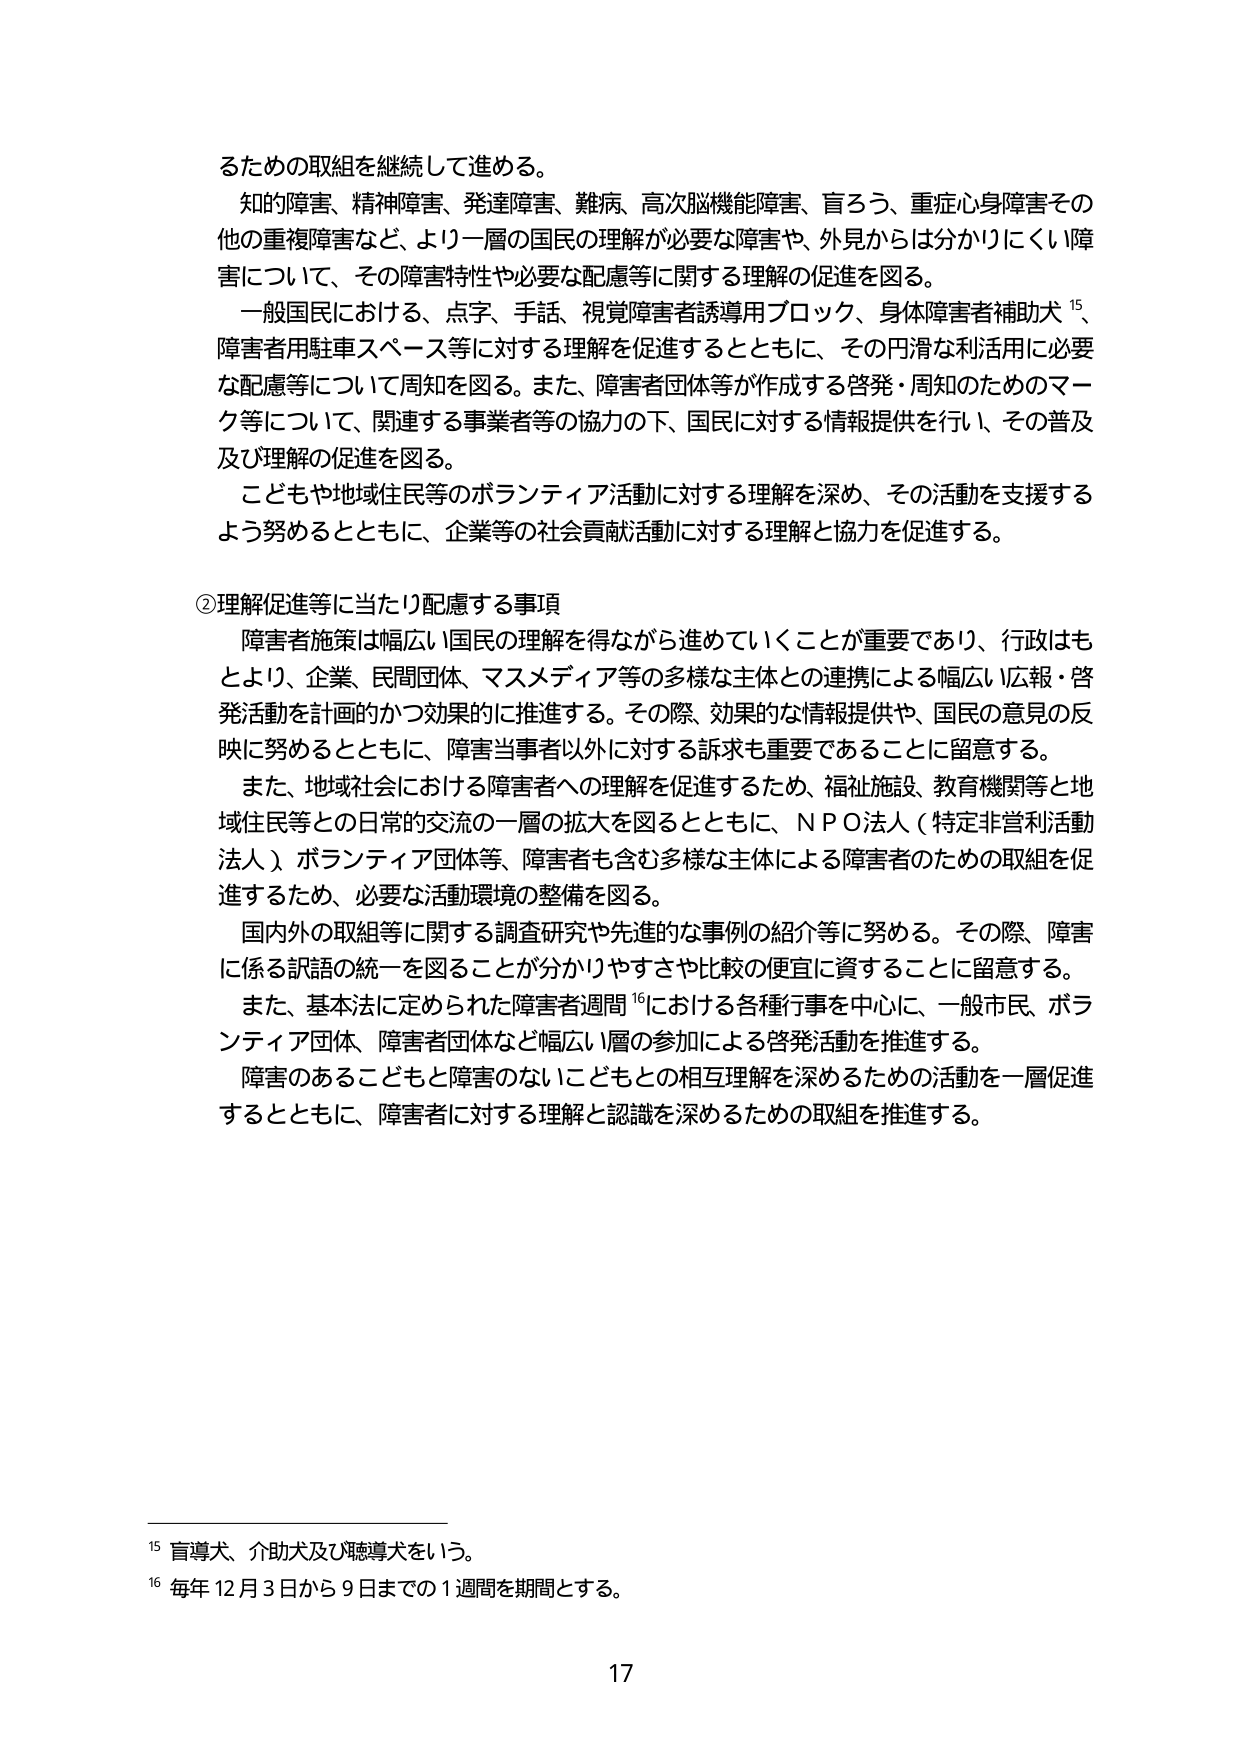
るための取組を継続して進める。

知的障害、精神障害、発達障害、難病、高次脳機能障害、盲ろう、重症心身障害その他の重複障害など、より一層の国民の理解が必要な障害や、外見からは分かりにくい障害について、その障害特性や必要な配慮等に関する理解の促進を図る。

一般国民における、点字、手話、視覚障害者誘導用ブロック、身体障害者補助犬¹⁵、障害者用駐車スペース等に対する理解を促進するとともに、その円滑な利活用に必要な配慮等について周知を図る。また、障害者団体等が作成する啓発・周知のためのマーク等について、関連する事業者等の協力の下、国民に対する情報提供を行い、その普及及び理解の促進を図る。

こどもや地域住民等のボランティア活動に対する理解を深め、その活動を支援するよう努めるとともに、企業等の社会貢献活動に対する理解と協力を促進する。

②理解促進等に当たり配慮する事項

障害者施策は幅広い国民の理解を得ながら進めていくことが重要であり、行政はもとより、企業、民間団体、マスメディア等の多様な主体との連携による幅広い広報・啓発活動を計画的かつ効果的に推進する。その際、効果的な情報提供や、国民の意見の反映に努めるとともに、障害当事者以外に対する訴求も重要であることに留意する。

また、地域社会における障害者への理解を促進するため、福祉施設、教育機関等と地域住民等との日常的交流の一層の拡大を図るとともに、ＮＰＯ法人（特定非営利活動法人）、ボランティア団体等、障害者も含む多様な主体による障害者のための取組を促進するため、必要な活動環境の整備を図る。

国内外の取組等に関する調査研究や先進的な事例の紹介等に努める。その際、障害に係る訳語の統一を図ることが分かりやすさや比較の便宜に資することに留意する。

また、基本法に定められた障害者週間¹⁶における各種行事を中心に、一般市民、ボランティア団体、障害者団体など幅広い層の参加による啓発活動を推進する。

障害のあるこどもと障害のないこどもとの相互理解を深めるための活動を一層促進するとともに、障害者に対する理解と認識を深めるための取組を推進する。

¹⁵ 盲導犬、介助犬及び聴導犬をいう。

¹⁶ 毎年12月3日から9日までの1週間を期間とする。

17